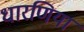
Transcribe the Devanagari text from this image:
धारणिया